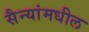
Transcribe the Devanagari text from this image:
सैन्यांमधील